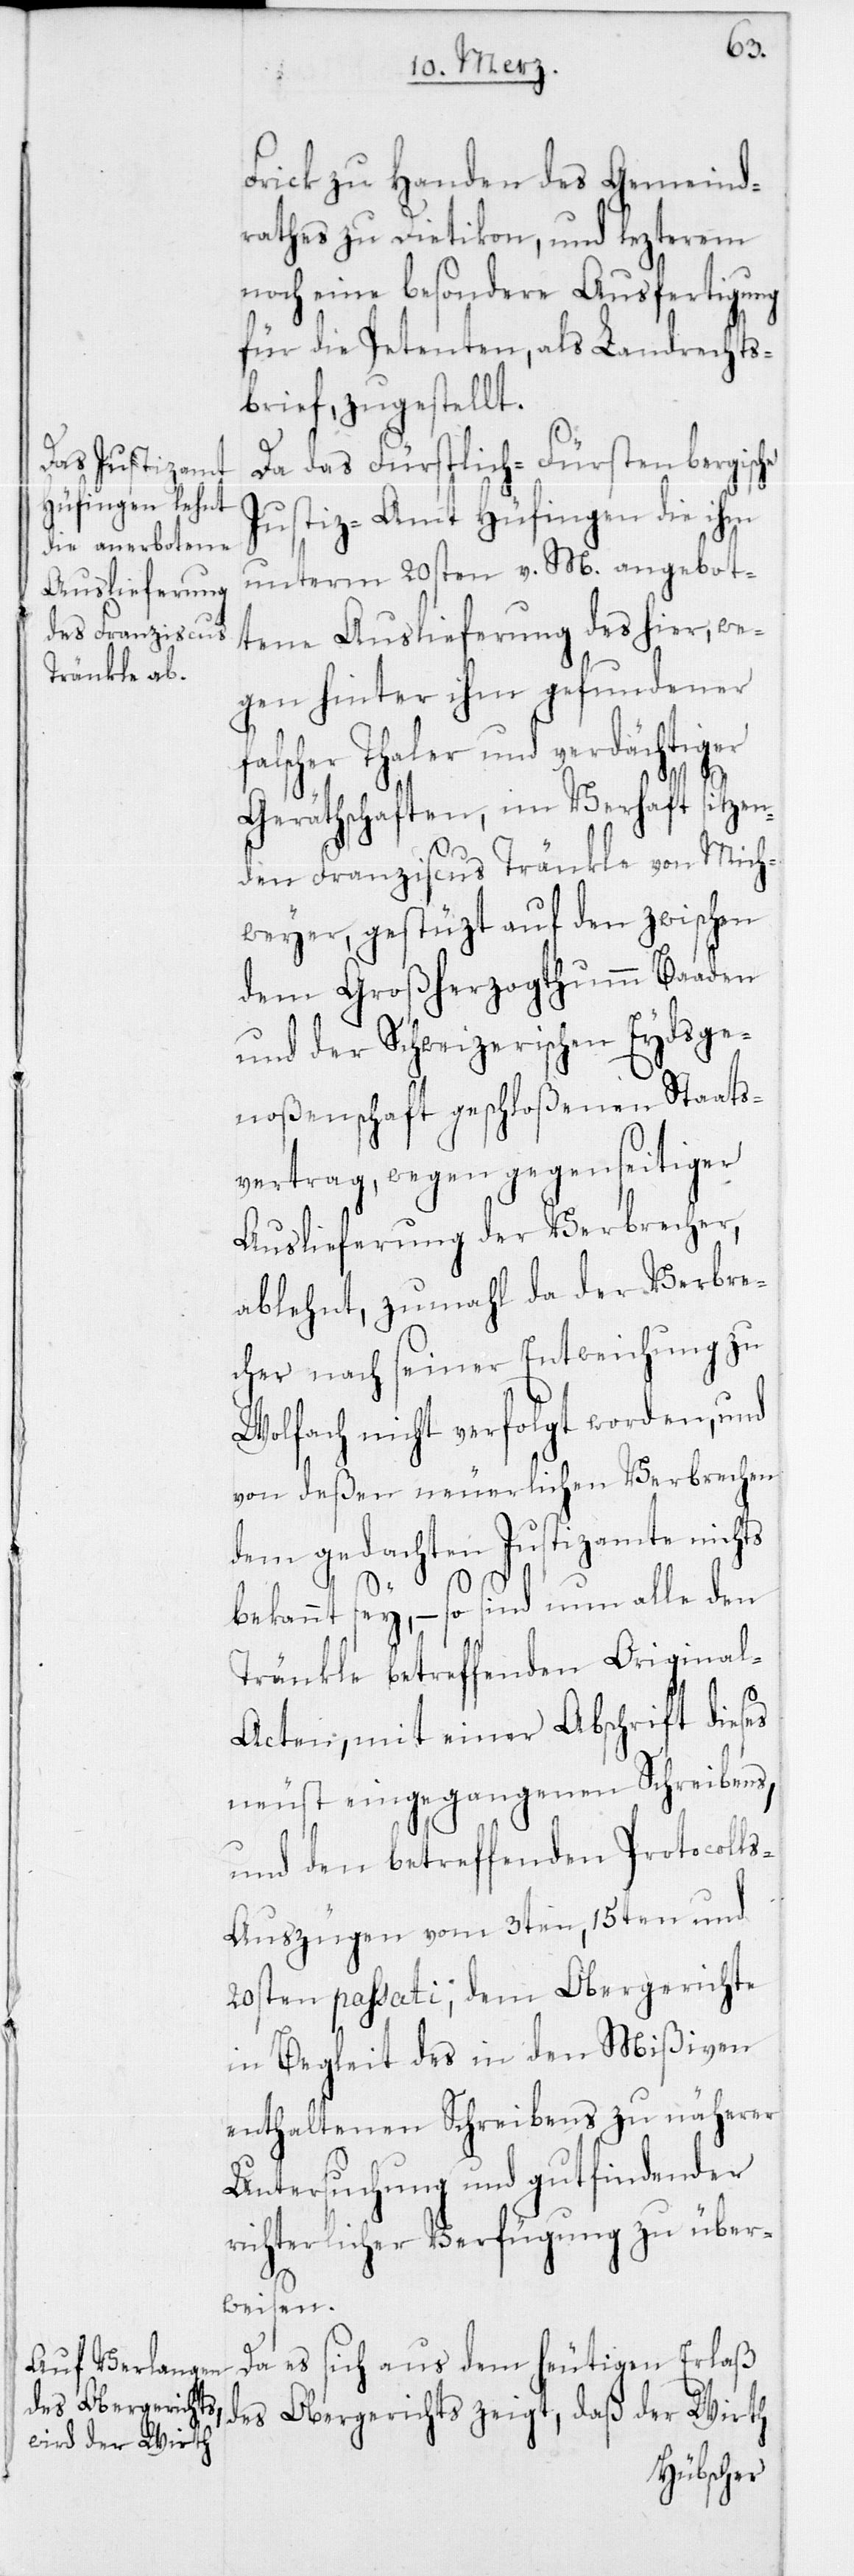
Frick zu Handen des Gemeind¬
rathes zu Dietikon, und lezterem
noch eine besondere Ausfertigung
für die Petenten, als Landrechts¬
brief, zugestellt.
Da das Fürstlich-Fürstenber¬
Justiz-Amt Hüfingen die ihm
unterm 20sten v. M. angebot¬
tene Auslieferung des hier, we¬
gen hinter ihm gefundener
falscher Thaler und verdächtiger
Geräthschaften, im Verhaft sitzen¬
den Franziscus Tränkle von Mich¬
weyer, gestüzt auf den zwischen
dem Großherzogthumm Baaden
und der Schweizerischen Eydsge¬
noßenschaft geschloßenen Staats¬
vertrag, wegen gegenseitiger
Auslieferung der Verbrecher,
ablehnt, zumahl da der Verbre¬
cher nach seiner Entweichung zu
Wolfach nicht verfolgt worden, und
von deßen neuerlichen Verbrechen
dem gedachten Justizamte nichts
bekannt sey, – so sind nun alle den
Tränkle betreffenden Origina¬
l-Acten, mit einer Abschrift dieses
neust eingegangenen Schreibens,
und den betreffenden Protocoll¬
s-Auszügen vom 3ten, 15ten und
20sten passati, dem Obergerichte
in Begleit des in den Mißiven
enthaltenen Schreibens zu näherer
Untersuchung und gut findender
richterlicher Verfügung zu über¬
weisen.
Da es sich aus dem heutigen Erlaß
daß der Wirth
gische